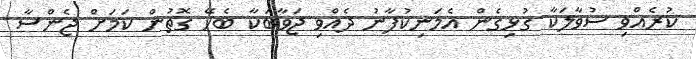
ކުރެއްވި ސުވާލަކާ ގުޅިގެން އެމަނިކުފާނު ދެއްވި ޖަވާބަކާ ބެހޭ ގޮތުން ކަމަށް ޖެންސާ